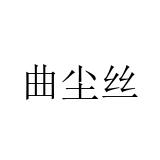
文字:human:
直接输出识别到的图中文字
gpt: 曲尘丝